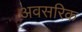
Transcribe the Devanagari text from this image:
अवसरिक